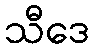
သီဒေ